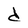
Character: d